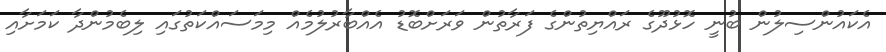
އެކައުންސިލުން ބުނީ ހޮޅުދޫގެ ރައްޔިތުންގެ ފަރާތުން ވަރަށްބޮޑު އެއްބާރުލުމެއް މިމަސައްކަތުގައި ލިބެމުންދާ ކަމަށާއި